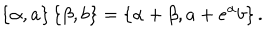
LaTeX: \left\{ \alpha , a \right\} \left\{ \beta , b \right\} = \left\{ \alpha + \beta , a + e ^ { \alpha } b \right\} .